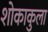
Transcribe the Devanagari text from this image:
शोकाकुला